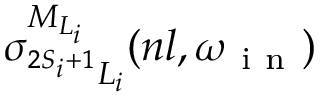
{ \sigma } _ { ^ { 2 S _ { i } + 1 } L _ { i } } ^ { { M } _ { { L } _ { i } } } ( n l , { \omega } _ { \mathrm { ~ i ~ n ~ } } )